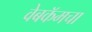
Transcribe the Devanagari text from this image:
वेबकॅमचा